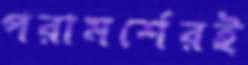
পরামর্শেরই